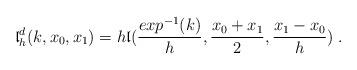
LaTeX: \begin{align*}{\mathfrak l}^d_h(k, x_0, x_1)=h {\mathfrak l}( \frac{{exp}^{-1}(k)}{h}, \frac{x_0+x_1}{2}, \frac{x_1-x_0}{h})\; . \end{align*}